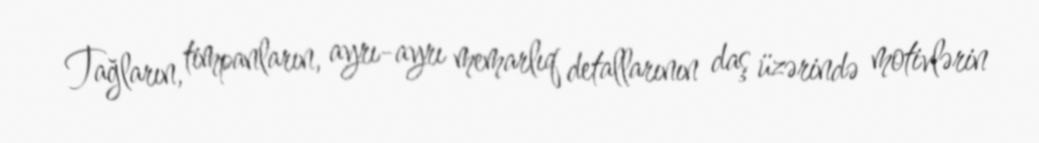
Tağların, timpanların, ayrı-ayrı memarlıq detallarının daş üzərində motivlərin